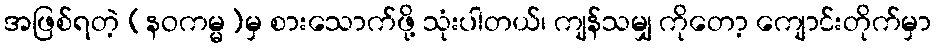
အဖြစ်ရတဲ့ (နဝကမ္မ)မှ စားသောက်ဖို့ သုံးပါတယ်၊ ကျန်သမျှ ကိုတော့ ကျောင်းတိုက်မှာ